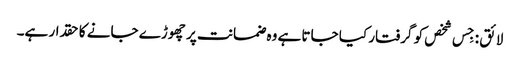
لائق : جِس شخص کو گرفتار کیا جاتا ہے وہ ضمانت پر چھوڑے جانے کا حقدار ہے۔